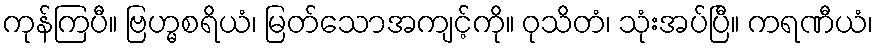
ကုန်ကြပီ။ ဗြဟ္မစရိယံ၊ မြတ်သောအကျင့်ကို။ ဝုသိတံ၊ သုံးအပ်ပြီ။ ကရဏီယံ၊